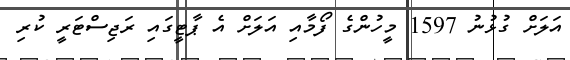
އަލަށް ގުޅުނު 1597 މީހުންގެ ފޯމާއި އަލަށް އެ ޕާޓީގައި ރަޖިސްޓަރީ ކުރި